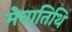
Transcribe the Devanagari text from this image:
मेघातिथि